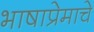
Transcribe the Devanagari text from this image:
भाषाप्रेमाचे